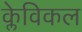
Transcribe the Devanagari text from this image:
क्लेविकल